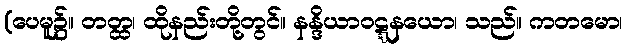
(ပေမူ၌။ တတ္ထ၊ ထိုနည်းတို့တွင်။ နန္ဒိယာဝဋ္ဋနယော၊ သည်။ ကတမော၊